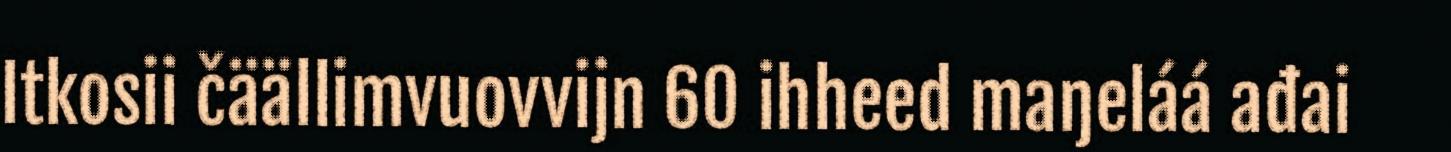
Itkosii čäällimvuovvijn 60 ihheed maŋeláá ađai